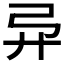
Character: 𫸦